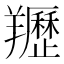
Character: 䍽